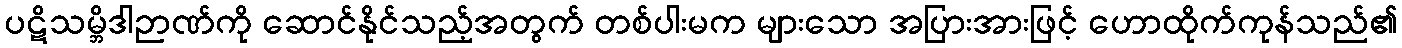
ပဋိသမ္ဘိဒါဉာဏ်ကို ဆောင်နိုင်သည့်အတွက် တစ်ပါးမက များသော အပြားအားဖြင့် ဟောထိုက်ကုန်သည်၏